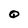
Character: o